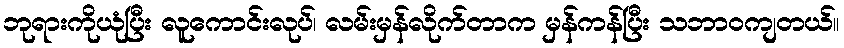
ဘုရားကိုယုံပြီး လူကောင်းလုပ်၊ လမ်းမှန်လိုက်တာက မှန်ကန်ပြီး သဘာဝကျတယ်။